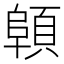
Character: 顊